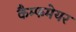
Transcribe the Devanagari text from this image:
कैम्फमेयर